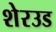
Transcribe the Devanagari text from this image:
शेरउड